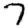
Digit: 7